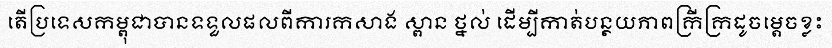
តើប្រទេសកម្ពុជាបានទទួលផលពីការកសាង ស្ពាន ថ្នល់ ដើម្បីកាត់បន្ថយភាពក្រីក្រដូចម្តេចខ្លះ